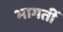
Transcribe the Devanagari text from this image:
भागतीं